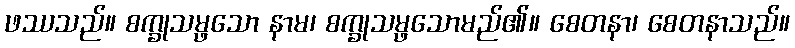
ဖဿသည်။ စက္ခုသမ္ဖသော နာမ၊ စက္ခုသမ္ဖသောမည်၏။ စေတနာ၊ စေတနာသည်။